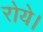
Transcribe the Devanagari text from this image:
रोये।